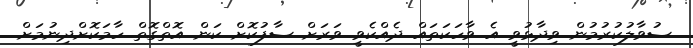
ސުވާލުކުރުމުން ވިދާޅުވީ އެ ވާހަކަތައް ދެއްކެވީ ވަރަށް ސާފުކޮށް ކަން އޮތްގޮތް ހާމަކޮށްދިނުމަށް